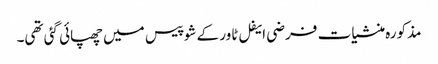
مذکورہ منشیات فرضی ایفل ٹاور کے شو پیس میں چھپائی گئی تھی۔